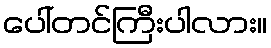
ပေါ်တင်ကြီးပါလား။